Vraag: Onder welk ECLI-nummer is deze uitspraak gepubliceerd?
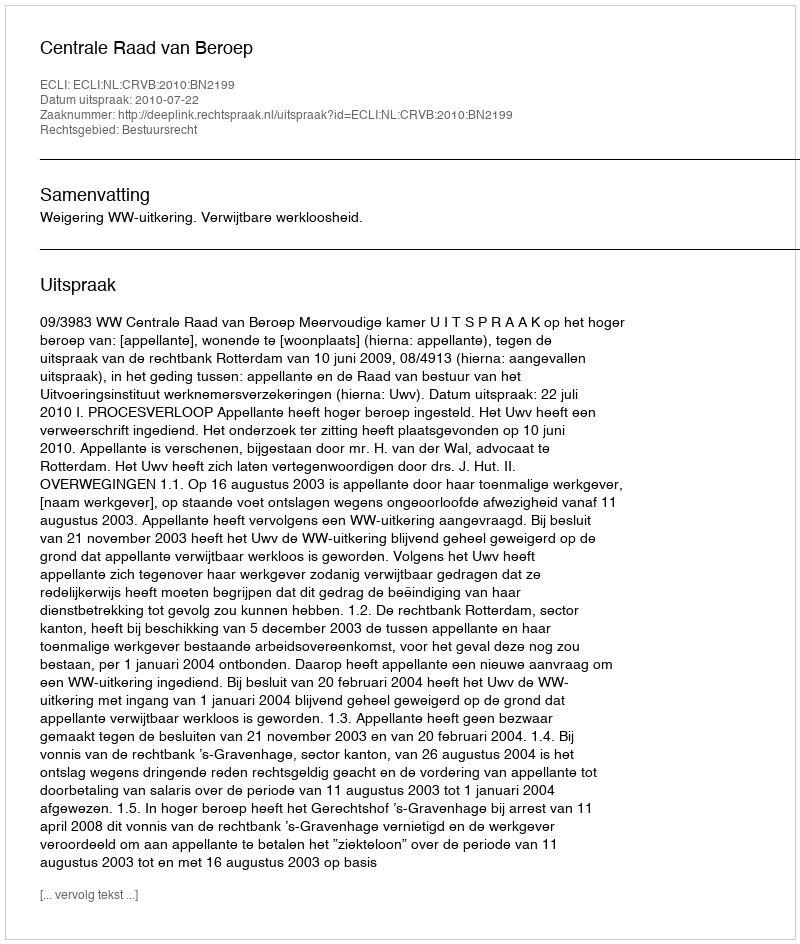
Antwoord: ECLI:NL:CRVB:2010:BN2199